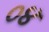
૦૪